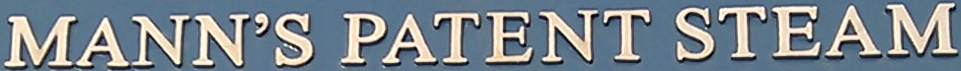
MANN'S PATENT STEAM